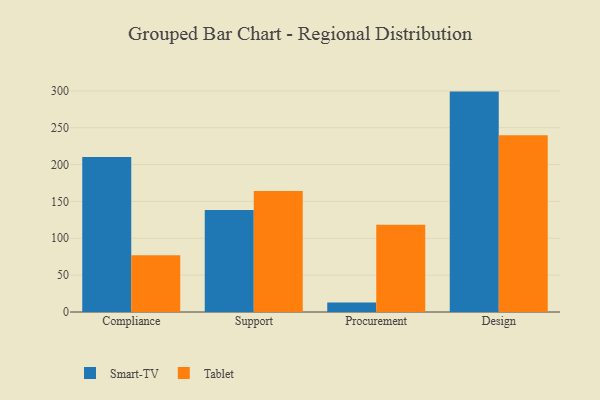
{"axis": {"x": "Department", "y": "Latency (ms)"}, "legend": ["Smart-TV", "Tablet"], "data": [{"x": "Compliance", "y": 210.4, "type": "Smart-TV"}, {"x": "Compliance", "y": 77.0, "type": "Tablet"}, {"x": "Support", "y": 138.3, "type": "Smart-TV"}, {"x": "Support", "y": 164.0, "type": "Tablet"}, {"x": "Procurement", "y": 13.0, "type": "Smart-TV"}, {"x": "Procurement", "y": 118.3, "type": "Tablet"}, {"x": "Design", "y": 299.0, "type": "Smart-TV"}, {"x": "Design", "y": 239.8, "type": "Tablet"}]}